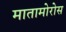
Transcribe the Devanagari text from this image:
मातामोरोस